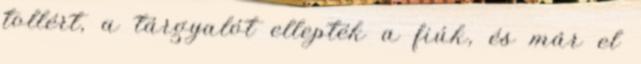
tollért, a tárgyalót ellepték a fiúk, és már el